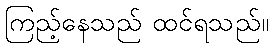
ကြည့်နေသည် ထင်ရသည်။